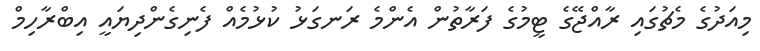
މިއަދުގެ މެޗުގައި ރާއްޖޭގެ ޓީމުގެ ފަރާތުން އެންމެ ރަނގަޅު ކުޅުމެއް ފެނިގެންދިޔައީ އިބްރާހިމް